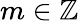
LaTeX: m\in\mathbb{Z}